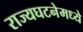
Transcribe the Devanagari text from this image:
राज्यघटनेमध्ये